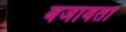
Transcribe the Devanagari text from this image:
बजावता